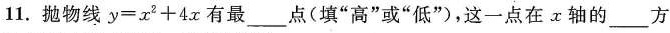
11.抛物线$$y = x ^ { 2 } + 4 x$$有最_点(填“高”或“低”，这一点在轴的___方